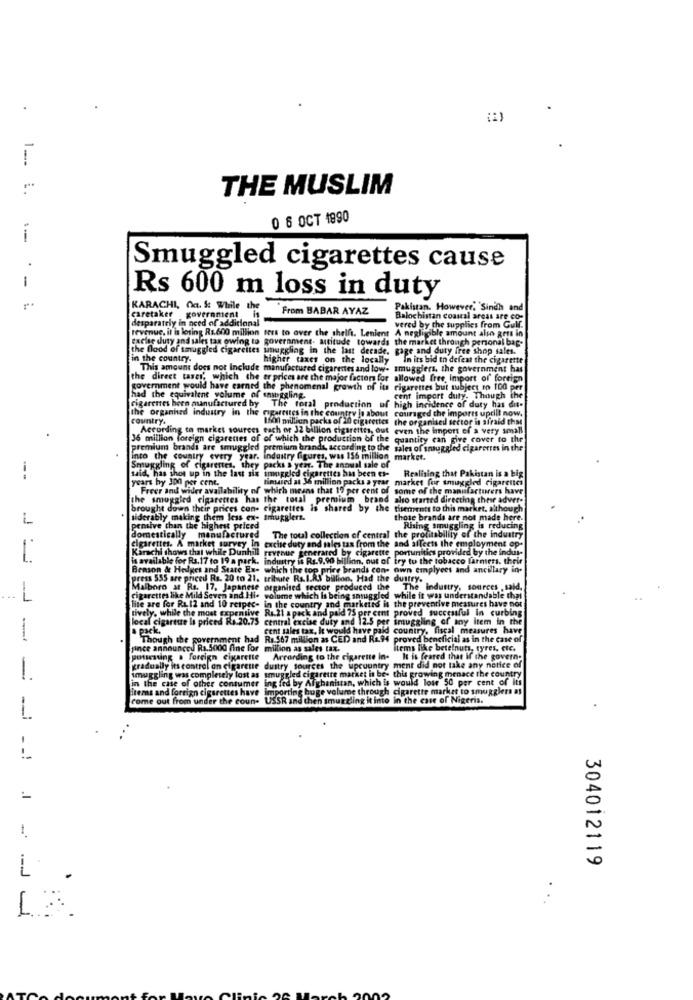
.
THE MUSLIM
1 __.. ..
0 6 OCT 1990
Smuggled cigarettes cause
Rs 600 m loss in duty
KARACHI, Oa. & While the
From BABAR AYAZ
Pakistan.
Howe
.Sindh and
caretaker government is
desparately in need of additional
Balochistan coastal areas are co-
vered by the supplies from Gull.
revenue, it is losing Rs.600 million ters to over the shelft. Lenient A negligible amount also gets in
excise duty and sales tax owing to government- attitude towards the market through personal bag-
the flood of smuggled cigarettes smuggling in the last decade, gage and duty free shop sales.
in the country.
higher taxes on the locally
In its bid to defeat the cigarette
This amount does not Include manufactured cigarettes and low- smugglers, the government has
the direct taxes' which the er prices are the major factors for allowed free, Import of foreign
government would have earned the phenomenal growth of its cigarettes but subject to 100 per
had the equivalent volume of snuggling.
import duty. Though the
cigarerres been aunufactured by The toral production of high incidence of duty has di-
the organhed industry in the
impartites in the country js about couraged the imports uptill now.
country.
1500 million packs of 20 cigarettes the organised sector is afraid that
According to market sources each of 32 billion cigarettes, out even the import of a very small
36 million foreign cigarenes of of which the production of the
quantity can give cover to the
premium brandt are smuggled premium brandt, according to the sales of smuggled cigareeres in the
into the country every year. industry figures, was 156 million market.
Smuggling of cigarettes, they packs a year. The annual sale of
said, has shot up in the last six smuggled cigarettes has been es-
---
years by J00 per cent.
timdied at 3 million packs a year market for smuggled cigarettes
Realising that Pakistan is a big
Freer and wider availability of which means that 19 per cent of some of the manufacturers have
the smuggled cigarettes has the total premium .brand alo started directing their adver-
brought down their prices con- cigarettes is shared by the tisements to this market. although
L
siderably making them less ex- tmugglert.
those brands are not made here.
pensive than the highest priced
The toul collection of central the profitability of the industry
Rising smuggling is reducing
domestically manufactured
cigarettes. A market survey
cigaretter. A market survey In excise duty and sales tax from the and affects the employment op-
Karachi shows that while Dunhill revenue generared by cigarette portunities provided by the indus-
1
is available for Rs.17 to 19 a park. industry is Rs.9.90 billinn, out of try to the tobacco Farmers. their
Benson & Hedges and State Ex- which the top price brands con- own emplyces and ancillary in-
press 555 are priced Rs. 20 to 21. tribute Rs.I.AS billion, Had the dustry.
Malboro at Rs. 17, Japanese organised sector produced the
The industry, sources .said.
L
Cigarettes like Mild Seven and Hi- volume which
which Is being satuggled while it was understandable that
lite are for Ra 12 and 10 respec- in the country and marketed is the preventive measures have not
tively, while the most expensive Rs 2t a pack and paid 75 per cent proved successful in curbing
ite are for Ra. 12 and 10 respec-
leer
local cigarette la priced Rs.20.75 central excise duty and 12.5 per smuggling of any item in the
y. while the most cap
cent sales tax, It would have paid country, fiscal measures have
-
Though the government had Rs 567 million as CED and Rt.94 proved beneficial as in the case of
Though the
pince announced R1.5000 fine for million as sales tax.
items like betelnuts, tyres. etc.
possessing . foreign cigarette
Arcording to the cigarette in-
It is feared that if the govern.
gradually in control on cigarette dustry sources the upcountry ment did not take any notice of
imuggling was completely lost as smuggled cigaretre market in be- this growing menace the country
ally its control an cigarene
-
in the case of other consumer ing fed by Afghanistan, which is would lose 50 per cent of its
d lose 50 per cent of its
items and foreign cigarettes have
ig huge volume through cigarette market to smugglers as
come out from under the coun-
USSR and then smuggling it into in the case of Nigeria.
--
- -!
.I
304012119
.-. J